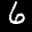
Label: 6